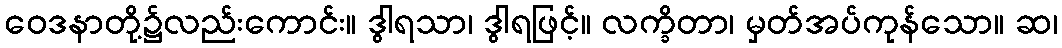
ဝေဒနာတို့၌လည်းကောင်း။ ဒွါရသာ၊ ဒွါရဖြင့်။ လက္ခိတာ၊ မှတ်အပ်ကုန်သော။ ဆ၊